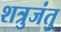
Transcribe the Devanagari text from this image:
शत्रुजंतु